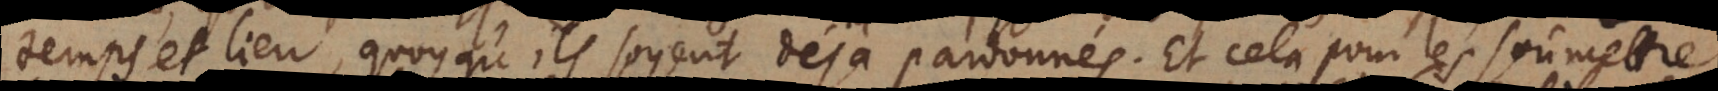
temps et lieu, quoyqu’ils soyent déja pardonnés. Et cela pour les soûmettre